NASA-UAP-D2, Apollo 17 Transcript, 1972
Agency: NASA
Incident date: 1972
Incident location: Moon
Page 7
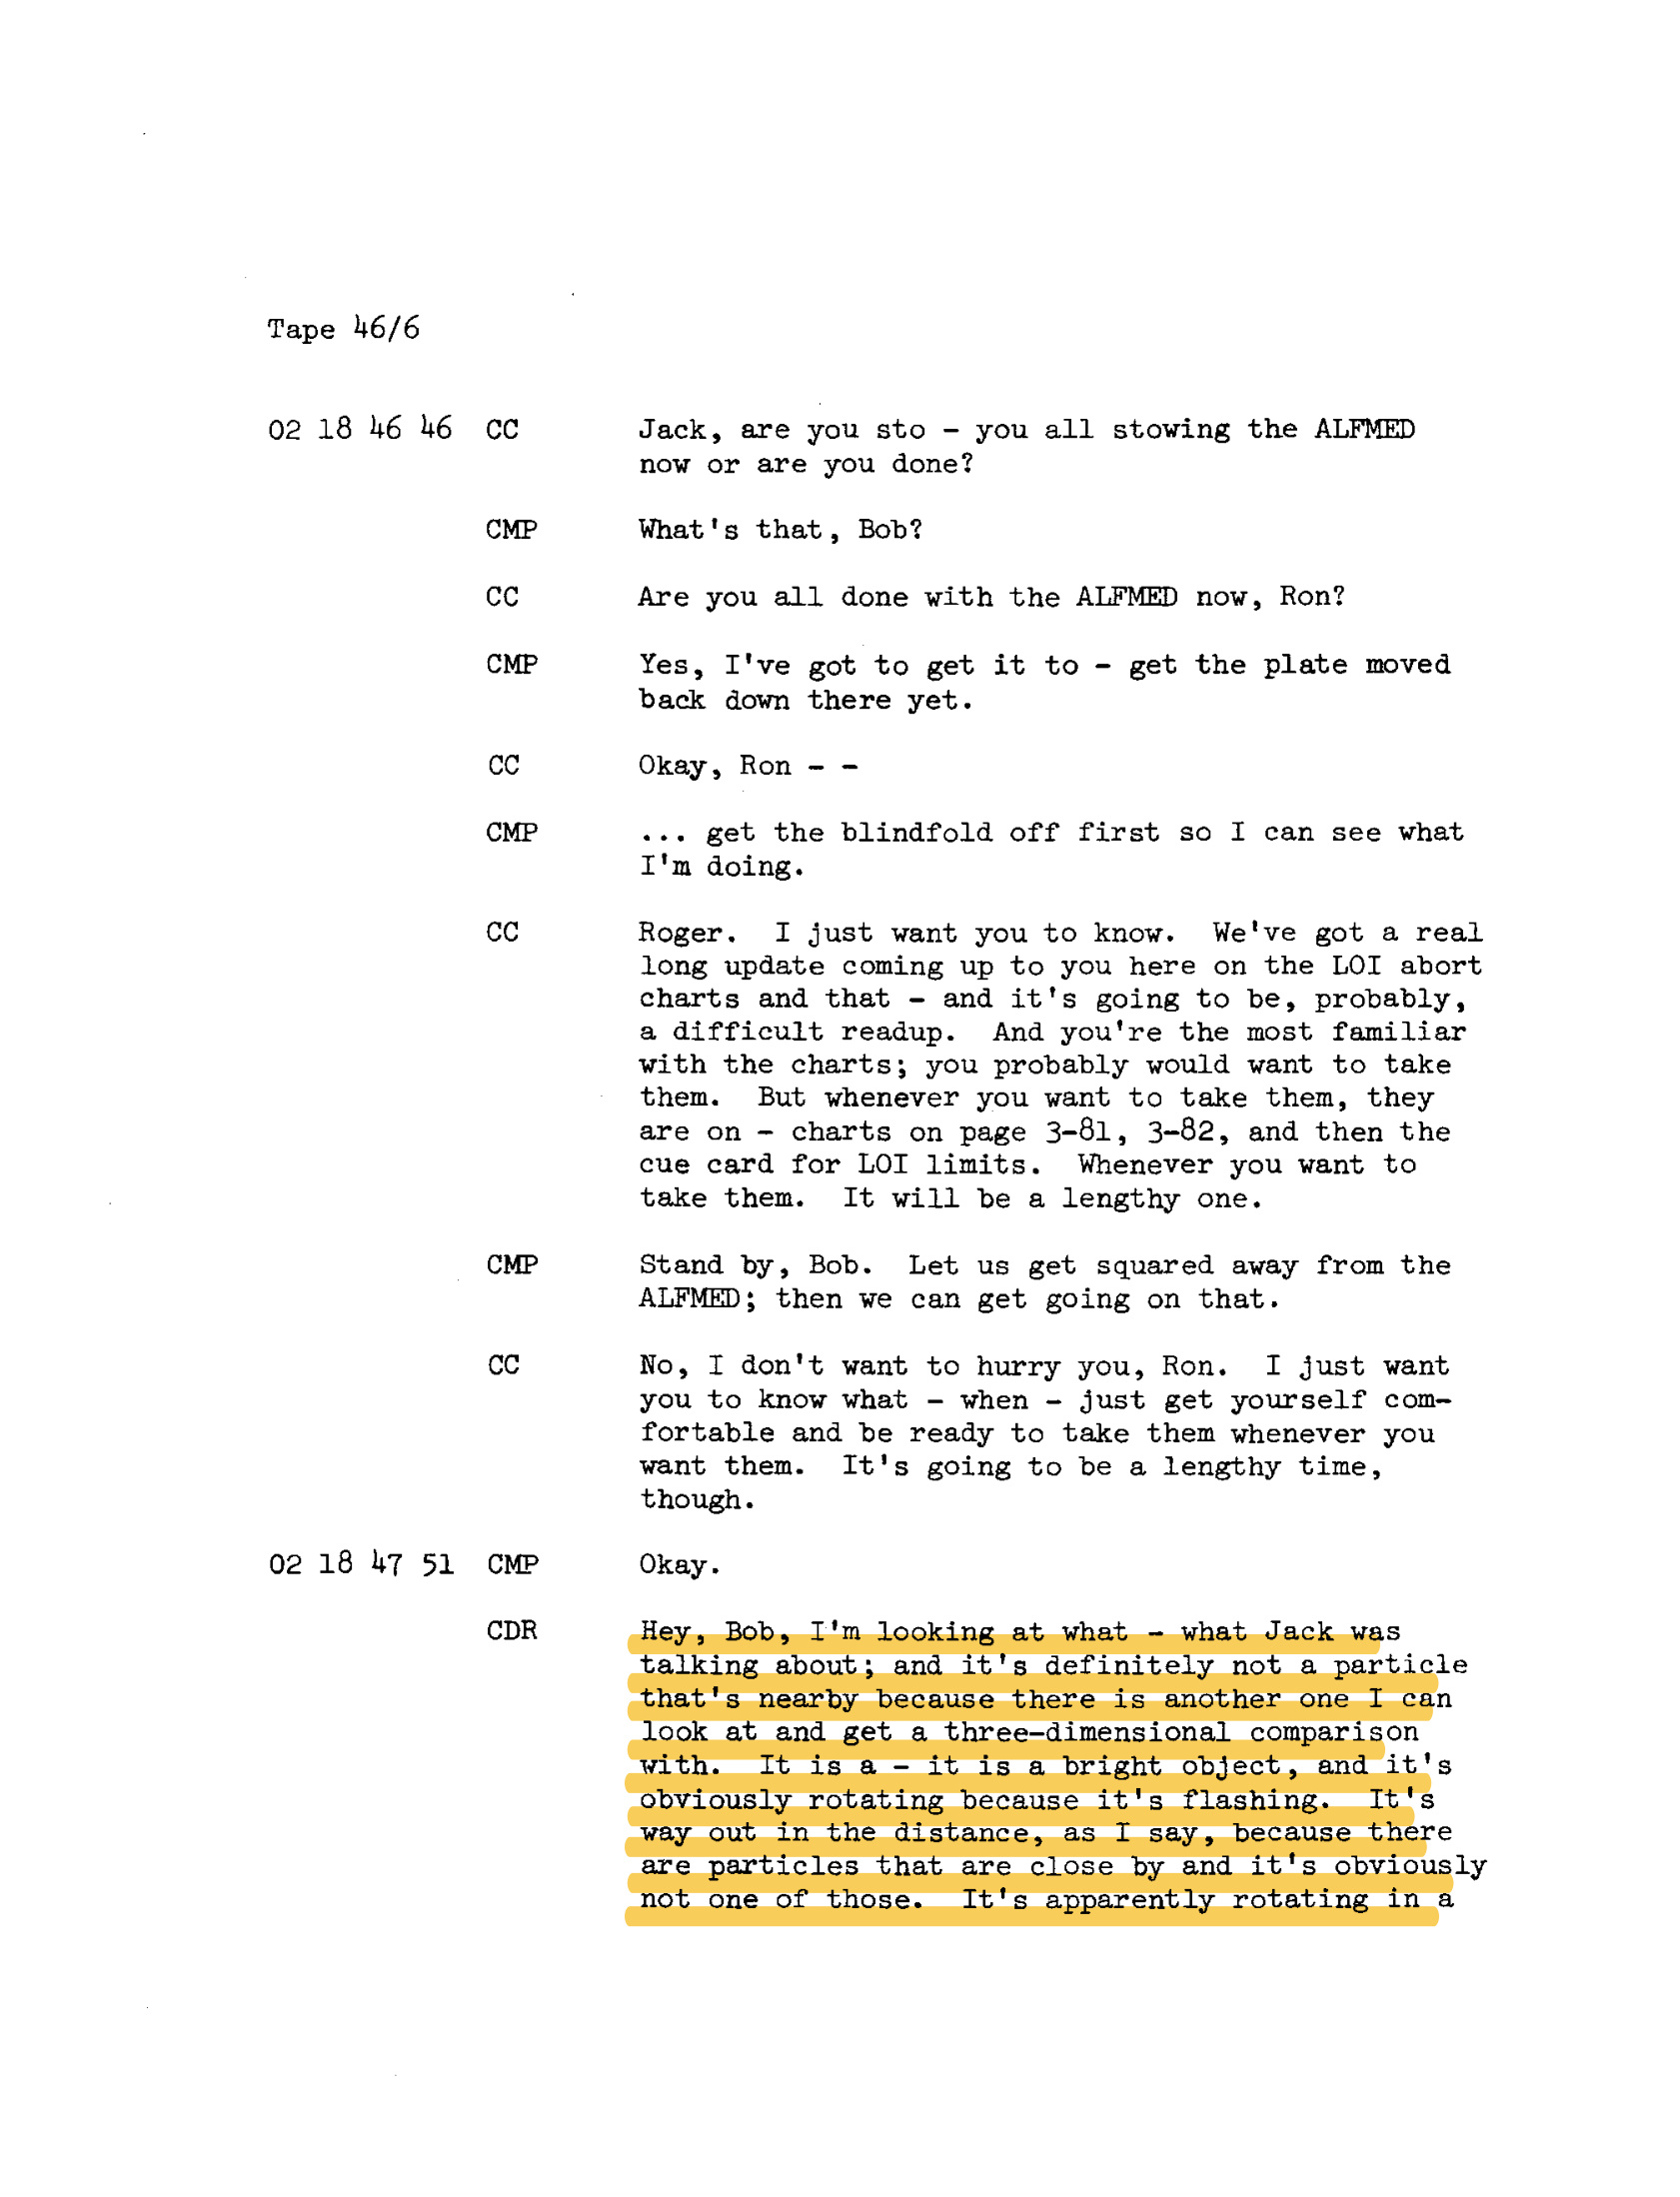